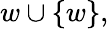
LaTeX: w\cup\{ w\} ,